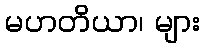
မဟတိယာ၊ များ